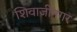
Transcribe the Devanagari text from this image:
शिवाजींनगर